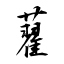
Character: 藋